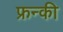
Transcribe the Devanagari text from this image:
फ्रन्की